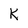
Character: K